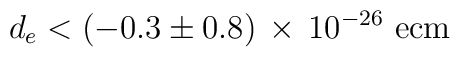
d_{e} < (-0.3 \pm 0.8) \,\times\, 10^{-26} ~\mbox{ecm}